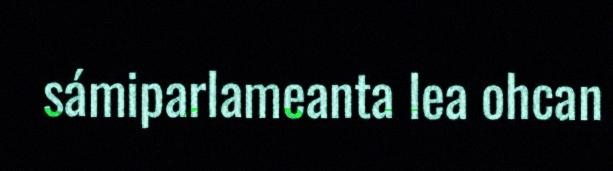
sámiparlameanta lea ohcan